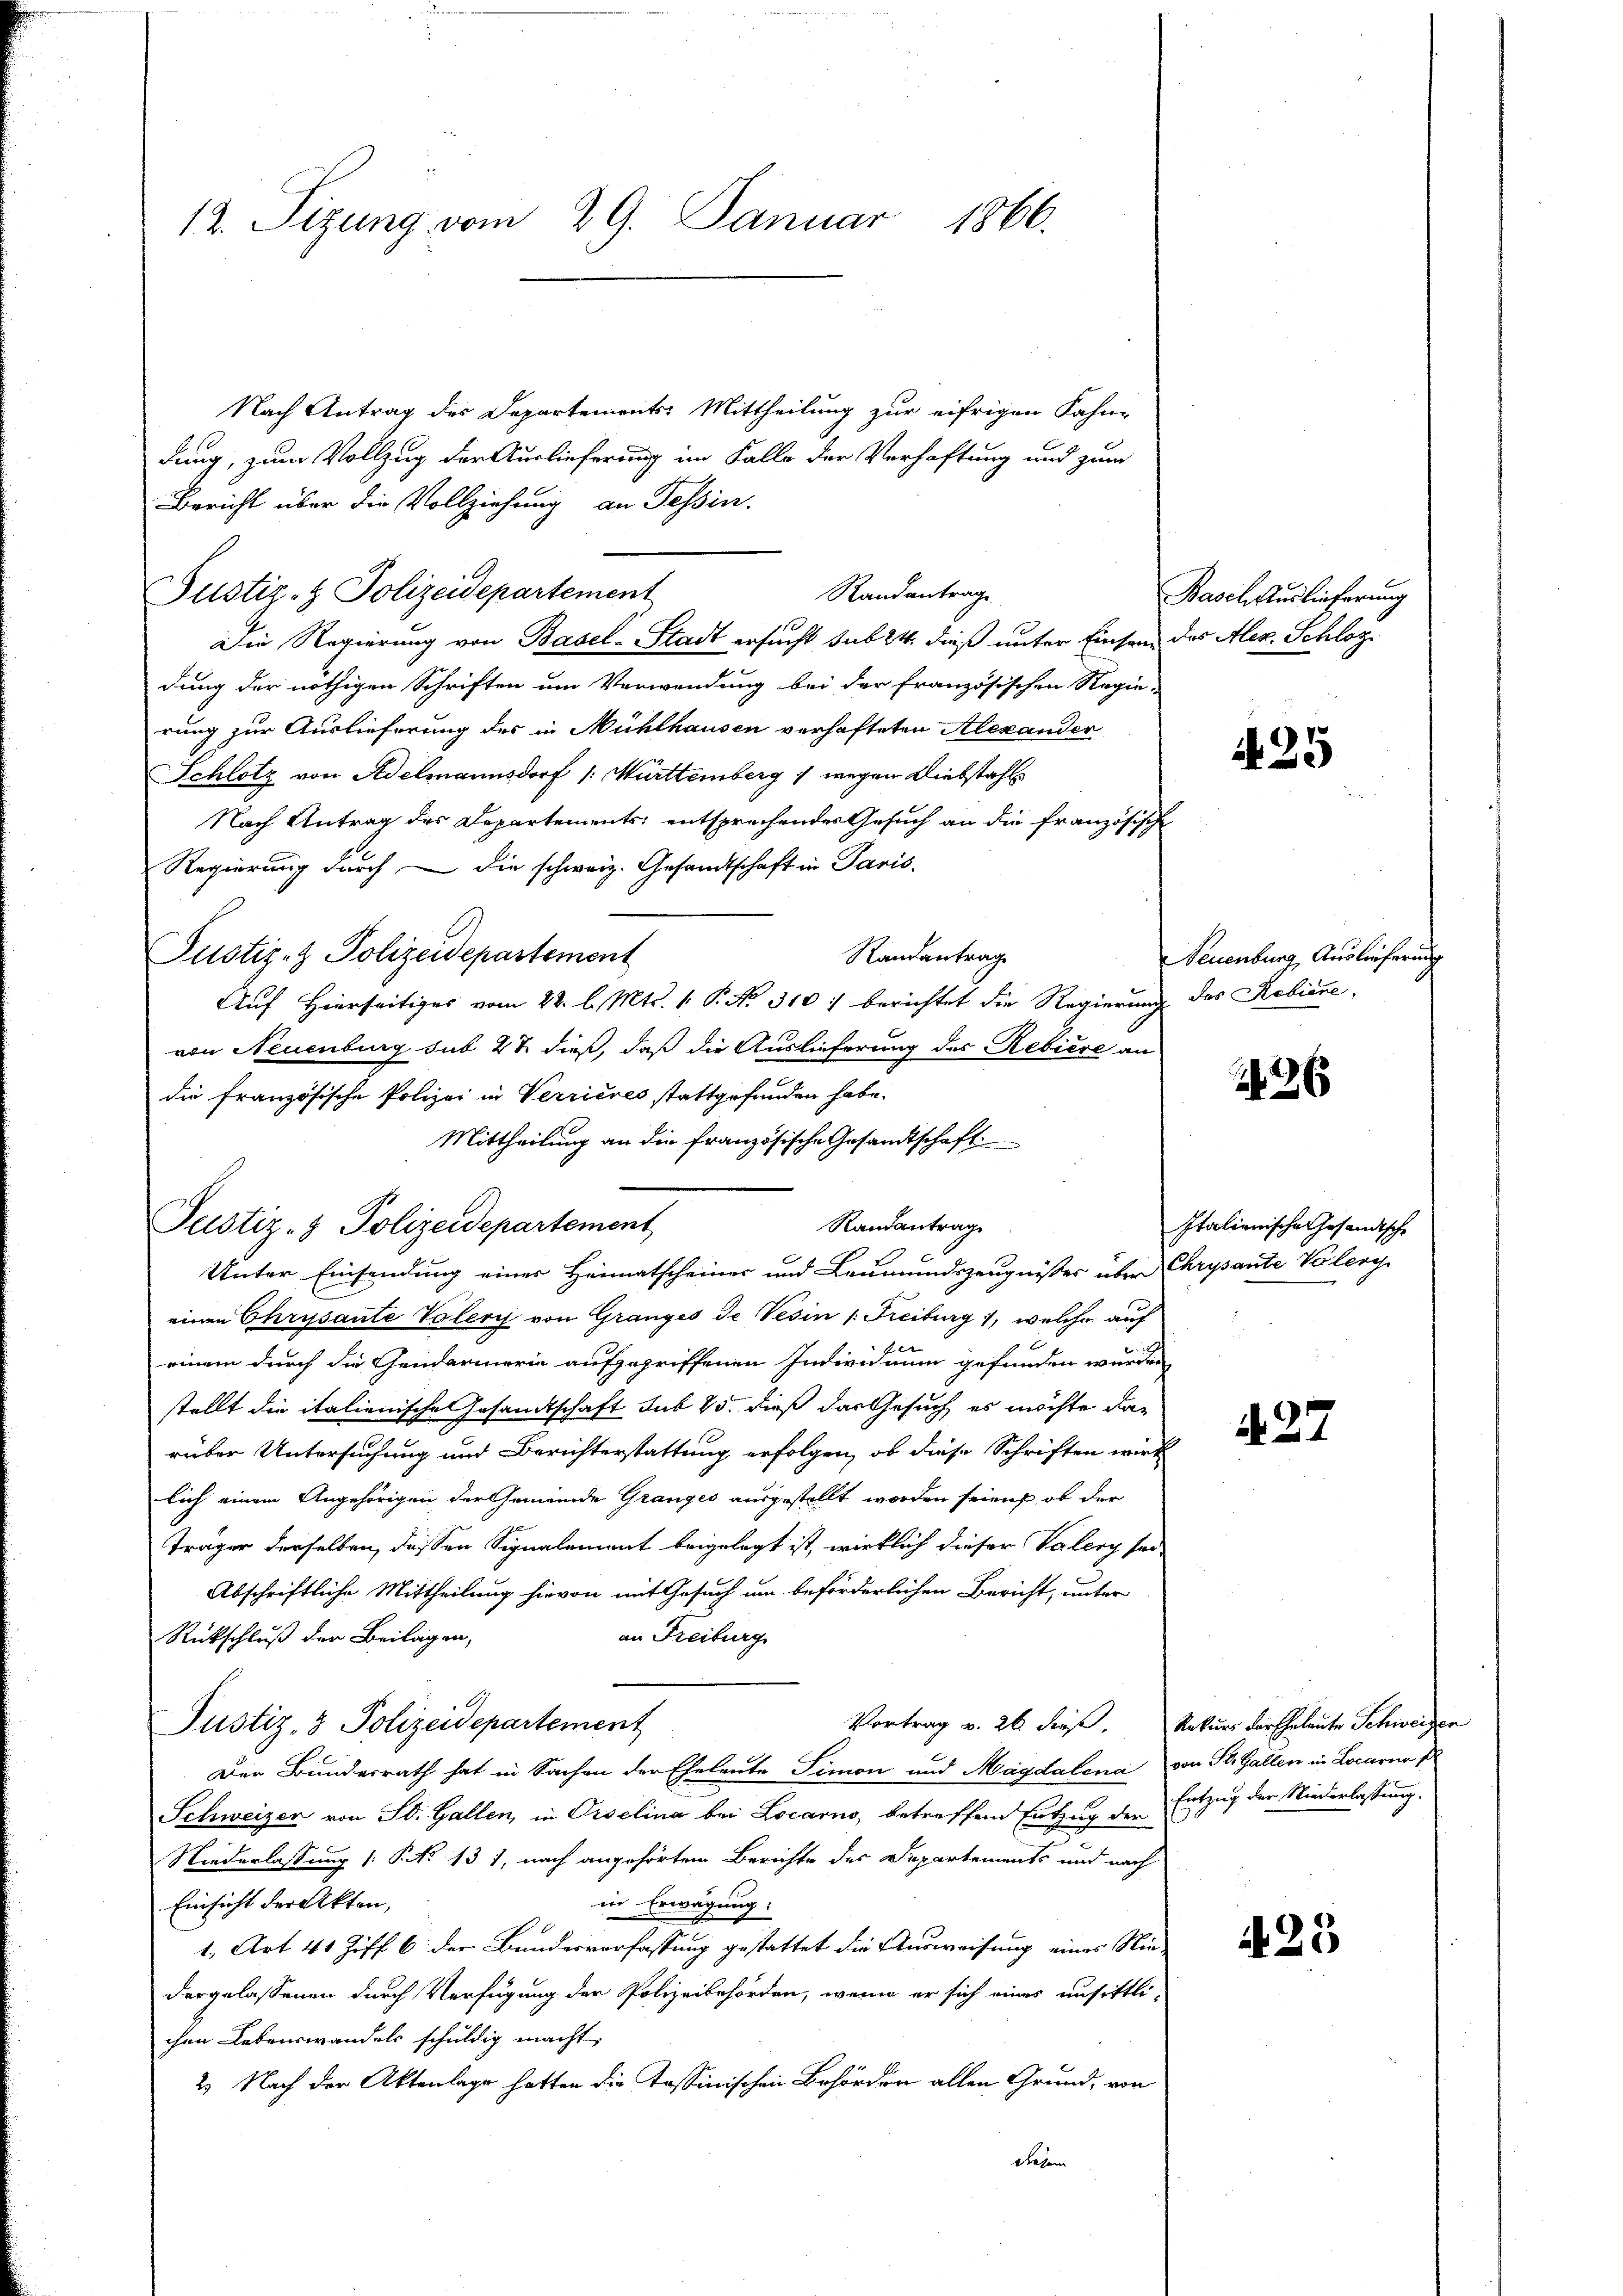
12. Sizung vom 29. Januar 1866.

Nach Antrag des Departements-Mittheilung zur eifrigen Fahne
dung, zum Vollzug der Auslieferung im Falle der Verhaftung und zum
Bericht über die Vollziehung an Tessin.
Randantrage
Justiz- & Polizeidepartement
Die Regierung von Basel-Stadt ersucht sub 24. dieß unter Einsen des Alex. Schlosdung der nöthigen Schriften um Verwendung bei der Französischen Regie-
rung zur Auslieferung des in Mühlhausen verhafteten Alexander
Schlotz von Adelmannsdorf /: Württemberg 1 wegen Diebstahl
Nach Antrag des Departements entsprechendes Gesuch an die französische
Regierung durch die schweiz. Gesandtschaft in Paris
Pustiz- & Polizeidepartement
Randantrag
Auf Hierseitiges vom 22. l. Mts. v. P. Nr. 310 f berichtet die Regierung des Kabine
von Neuenburg sub 27 dieß, daß die Auslieferung des Rebière an
die französische Polizei in Verrieres stattgefunden habe.
Mittheilung an die französische Gesandtschaft
Randantrag
Unter Einsendung eines Heimatscheiner und Leumundszeugnisses über Chrysante Volery
einen Chrysante Volery von Granges de Vesin (Freiburg, welche auf
einem durch die Gendarmerie aufzugriffenen Individuum gefunden werden
stellt die italienische Gesandtschaft sub 15. dieß das Gesuch es möchte darüber Untersuchung und Berichterstattung erfolgen, ob diese Schriften wirk
lich einem Angehörigen der Gemeinde Granzes ausgestellt worden seien, ob der
Träger derselben, dessen Signalement beigelegt ist, wirklich dieser Valery ser
Abschriftliche Mittheilung hievon mit Gesuch um beförderlichen Bericht, unter
an Freiburg
Rückschluß der Beilagen,
Vortrag v. 26. dieß. Rekurs der Eheleute Schweizer
Justiz- & Polizeidepartement
Der Bundesrath hat in Sachen der Eheleute Simon und Magdalena von St. Gallen in Locarno
Schweizer von St. Gallen, in Orselina bei Locarno, betreffend Entzug der Entzug der Niederlassung.
Niederlassung (Po 131, nach angehörtem Berichte des Departements und nach
Einsicht der Akten,
in Erwägung:
1. Art 41 Ziff. 6 der Bundesverfassung gestattet die Ausweisung eines Riedergelassenen durch Verfügung der Polizeibehörden, wenn er sich eines unsittli-
chen Lebenswandels schuldig macht.
2. Nach der Aktenlage hatten die Tessinischen Behörden allen Grund, von
diesem

Justiz- & Polizeidepartement

Basch Auslieferung

425

Neuenburg, Auslieferun

26

Italianische Gesandtsche

427

N 25